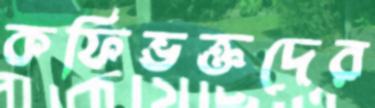
কফিভক্তদের